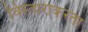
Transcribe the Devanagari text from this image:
विस्ताराकरता